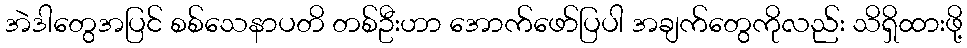
အဲဒါတွေအပြင် စစ်သေနာပတိ တစ်ဦးဟာ အောက်ဖော်ပြပါ အချက်တွေကိုလည်း သိရှိထားဖို့